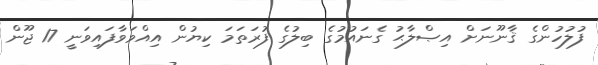
ފުލުހުންގެ ޤާނޫނަށް އިޞްލާޙު ގެނައުމުގެ ބިލުގެ ފުރަތަމަ ކިޔުން އިއްވަވާފައިވަނީ 17 ޖޫން